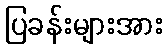
ပြခန်းများအား